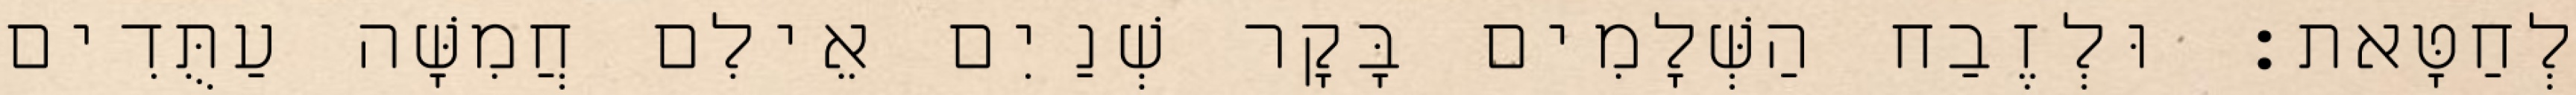
לְחַטָּאת׃ וּלְזֶבַח הַשְּׁלָמִים בָּקָר שְׁנַיִם אֵילִם חֲמִשָּׁה עַתֻּדִים